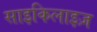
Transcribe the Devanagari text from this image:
साइकिलाइज़